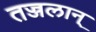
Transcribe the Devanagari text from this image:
तज्जलान्